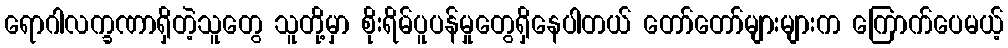
ရောဂါလက္ခဏာရှိတဲ့သူတွေ သူတို့မှာ စိုးရိမ်ပူပန်မှုတွေရှိနေပါတယ် တော်တော်များများက ကြောက်ပေမယ့်